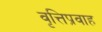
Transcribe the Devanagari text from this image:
वृत्तिप्रवाह